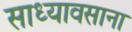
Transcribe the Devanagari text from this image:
साध्यावसाना